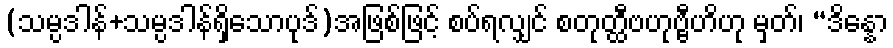
(သမ္ပဒါန်+သမ္ပဒါန်ရှိသောပုဒ်)အဖြစ်ဖြင့် စပ်ရလျှင် စတုတ္ထီဗဟုဗ္ဗီဟိဟု မှတ်၊ “ဒိန္နော